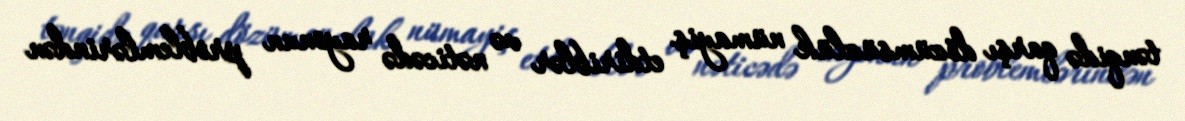
tənqidə qarşı dözümsüzlük nümayiş etdiriblər və nəticədə rayonun problemlərindən